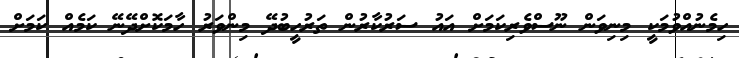
ހިމެނުއްވުމަކީ މިނިވަން ނޫސްވެރިކަމަށް އައު ސަރުކާރުން ތަރުހީބުދޭ މިންވަރު ހާމަކޮށްދޭނޭ ކަމެއް ކަމަށް